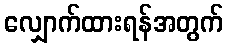
လျှောက်ထားရန်အတွက်